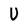
Character: V